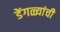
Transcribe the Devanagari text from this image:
डेंगळ्यांची